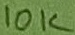
Text: 10K